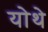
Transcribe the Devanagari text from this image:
योथे